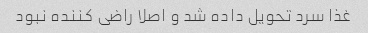
غذا سرد تحویل داده شد و اصلا راضی کننده نبود